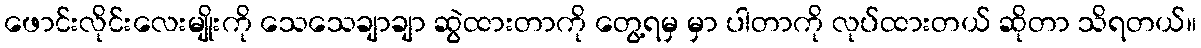
ဖောင်းလိုင်းလေးမျိုးကို သေသေချာချာ ဆွဲထားတာကို တွေ့ရမှ မှာ ပါတာကို လုပ်ထားတယ် ဆိုတာ သိရတယ်။